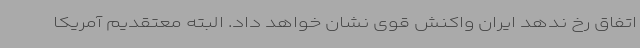
اتفاق رخ ندهد ایران واکنش قوی نشان خواهد داد. البته معتقدیم آمریکا